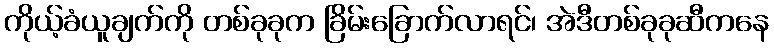
ကိုယ့်ခံယူချက်ကို တစ်ခုခုက ခြိမ်းခြောက်လာရင်၊ အဲဒီတစ်ခုခုဆီကနေ